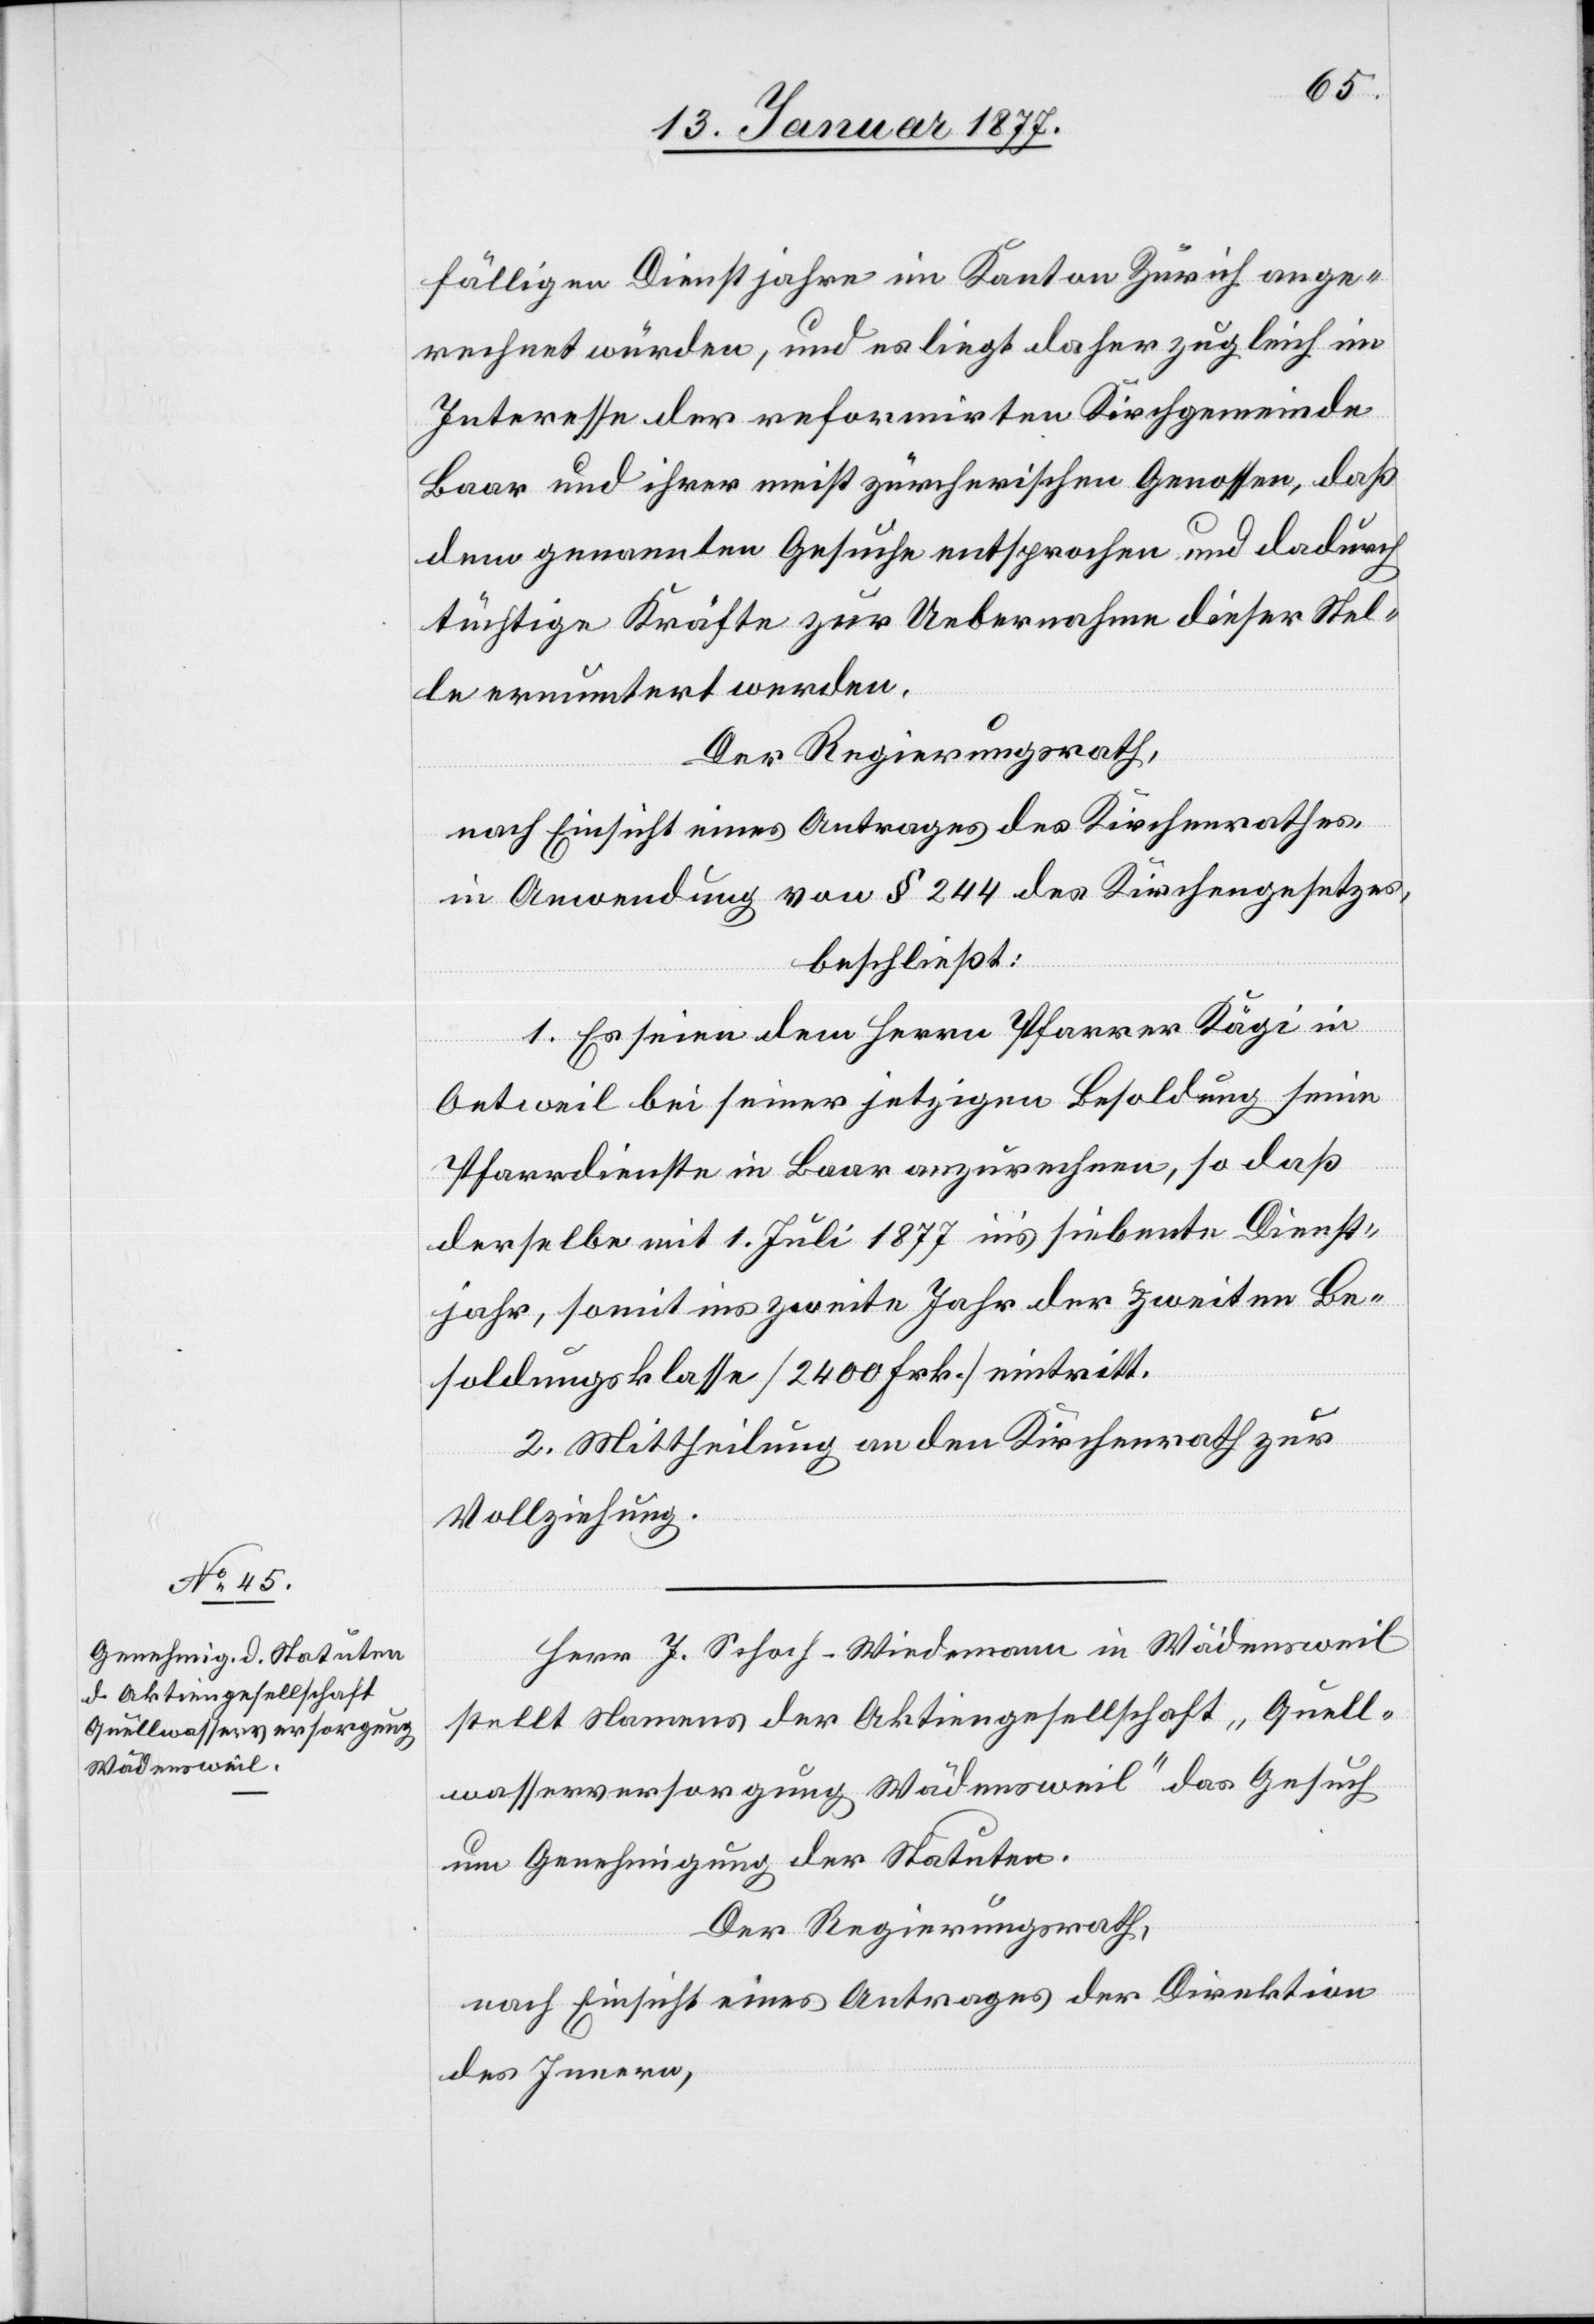
fälligen Dienstjahre im Kanton Zürich ange¬
rechnet würden, und es liegt daher zugleich im
Interesse der reformirten Kirchgemeinde
Baar und ihrer meist zürcherischen Genossen, daß
dem genannten Gesuche entsprochen und dadurch
tüchtige Kräfte zur Uebernahme dieser Stel¬
le ermuntert werden.
Der Regierungsrath,
nach Einsicht eines Antrages des Kirchenrathes,
in Anwendung von § 244 des Kirchengesetzes,
beschließt:
1. Es seien dem Herrn Pfarrer Kägi in
Oetweil bei seiner jetzigen Besoldung seine
Pfarrdienste in Baar anzurechnen, so daß
derselbe mit 1. Juli 1877 in’s siebente Dienst¬
jahr, somit ins zweite Jahr der zweiten Be¬
soldungsklasse [2400 Frk.] eintritt.
2. Mittheilung an der Kirchenrath zur
Vollziehung.
Herr J. Schoch-Weidemann in Wädensweil
stellt Namens der Aktengesellschaft „Quell¬
wasserversorgung Wädensweil“ das Gesuch
um Genehmigung der Statuten.
Der Regierungsrath,
nach Einsicht eines Antrages der Direktion
des Innern,